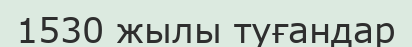
1530 жылы туғандар